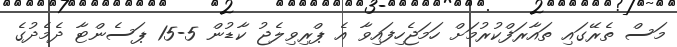
މަސް ތެރޭގައި ތައާރަފްކުރުމަށް ހަމަޖެހިފައިވާ އެ ޕްރިވިލެޖު ކާޑުން 5-15 ޕަސެންޓާ ދެމެދުގެ